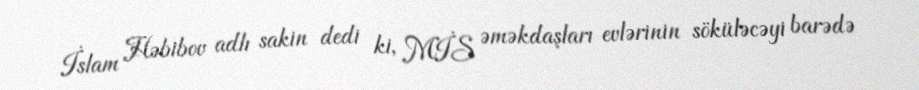
İslam Həbibov adlı sakin dedi ki, MİS əməkdaşları evlərinin söküləcəyi barədə